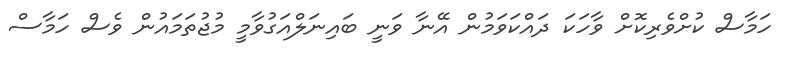
ހަމާސް ކުށްވެރިކޮށް ވާހަކަ ދައްކަވަމުން އޭނާ ވަނީ ބައިނަލްއަގުވާމީ މުޖުތަމައުން ވެސް ހަމާސް